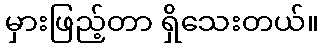
မှားဖြည့်တာ ရှိသေးတယ်။